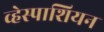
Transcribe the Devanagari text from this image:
व्हेस्पाशियन